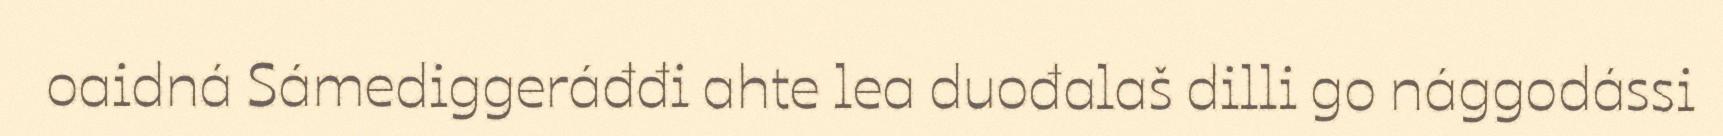
oaidná Sámediggeráđđi ahte lea duođalaš dilli go nággodássi